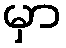
မှာ